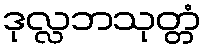
ဒုလ္လဘသုတ္တံ